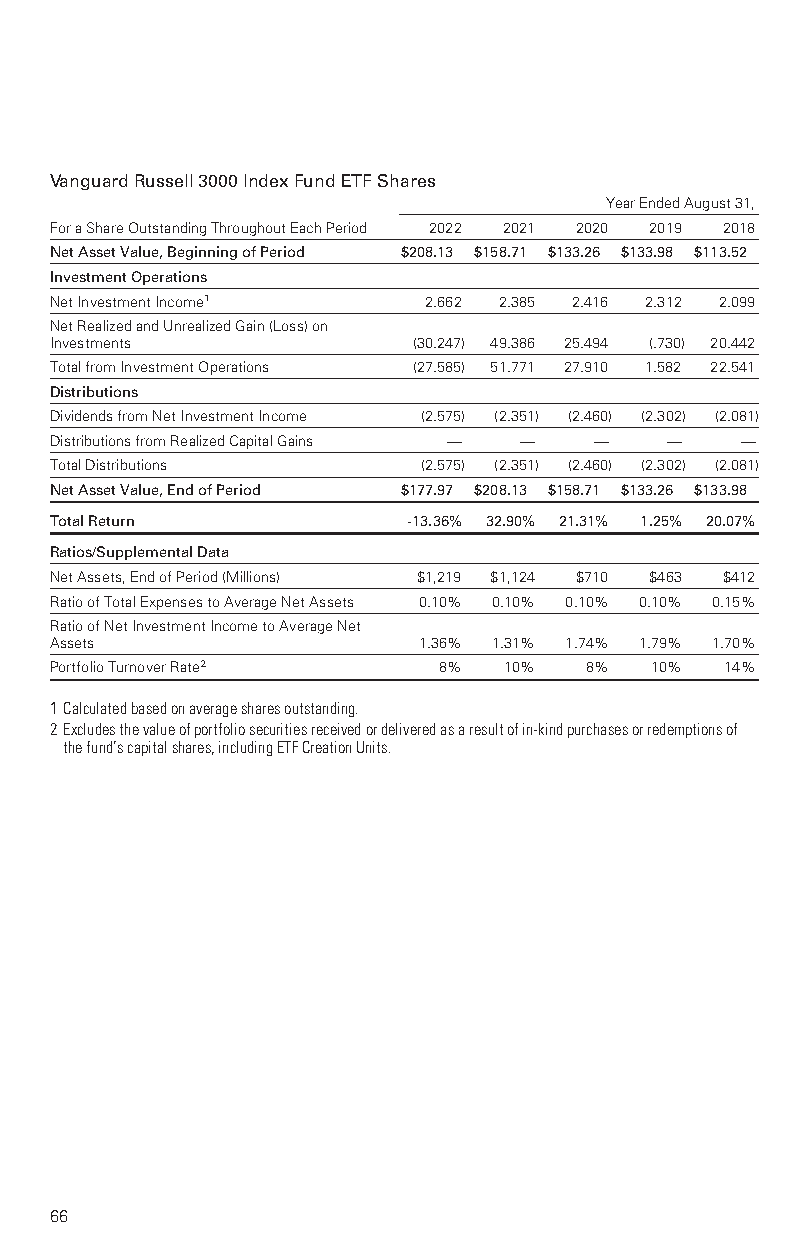
VanguardRussell3000IndexFundETFShares
 YearEndedAugust31,
 ForaShareOutstandingThroughoutEachPeriod 2022 2021 2020 2019 2018
 NetAssetValue,BeginningofPeriod $208.13 $158.71 $133.26 $133.98 $113.52
 InvestmentOperations
 NetInvestmentIncome1     2.662 2.385 2.416 2.312 2.099
 NetRealizedandUnrealizedGain(Loss)on
 Investments             (30.247) 49.386 25.494 (.730) 20.442
 TotalfromInvestmentOperations (27.585) 51.771 27.910 1.582 22.541
 Distributions
 DividendsfromNetInvestmentIncome (2.575) (2.351) (2.460) (2.302) (2.081)
 DistributionsfromRealizedCapitalGains — — — — —
 TotalDistributions       (2.575) (2.351) (2.460) (2.302) (2.081)
 NetAssetValue,EndofPeriod $177.97 $208.13 $158.71 $133.26 $133.98
 TotalReturn             -13.36% 32.90% 21.31% 1.25% 20.07%
 Ratios/SupplementalData
 NetAssets,EndofPeriod(Millions) $1,219 $1,124 $710 $463 $412
 RatioofTotalExpensestoAverageNetAssets 0.10% 0.10% 0.10% 0.10% 0.15%
 RatioofNetInvestmentIncometoAverageNet
 Assets                   1.36% 1.31% 1.74% 1.79% 1.70%
 PortfolioTurnoverRate2    8%  10%   8%  10%  14%
 1Calculatedbasedonaveragesharesoutstanding.
 2Excludesthevalueofportfoliosecuritiesreceivedordeliveredasaresultofin-kindpurchasesorredemptionsof
 thefund’scapitalshares,includingETFCreationUnits.
 66